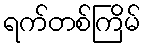
ရက်တစ်ကြိမ်